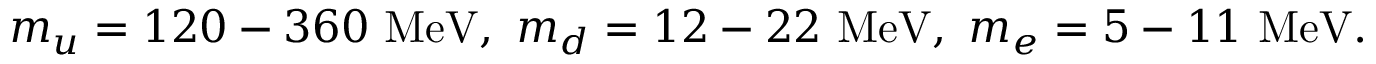
m _ { u } = 1 2 0 - 3 6 0 \ \mathrm { M e V } , \ m _ { d } = 1 2 - 2 2 \ \mathrm { M e V } , \ m _ { e } = 5 - 1 1 \ \mathrm { M e V } .